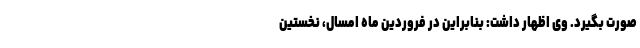
صورت بگیرد. وی اظهار داشت: بنابراین در فروردین ماه امسال، نخستین